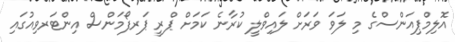
އޮލިމްޕިއަންސްގެ މި ލަވަ ވަރަށް ލައިވްލީ ކުރާނެ ކަމަށް ޕްރީ ޕަރފޯމަންސް އިންޓަރވިއުގައި